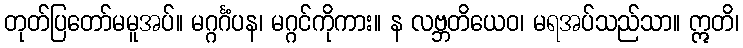
တုတ်ပြတော်မမူအပ်။ မဂ္ဂင်္ဂံပန၊ မဂ္ဂင်ကိုကား။ န လဗ္ဘတိယေဝ၊ မရအပ်သည်သာ။ ဣတိ၊